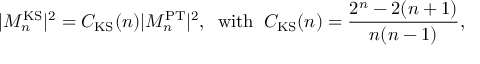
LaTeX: | { \cal M } _ { n } ^ { \mathrm { K S } } | ^ { 2 } = C _ { \mathrm { K S } } ( n ) | { \cal M } _ { n } ^ { \mathrm { P T } } | ^ { 2 } , \; \; \mathrm { w i t h } \; \; C _ { \mathrm { K S } } ( n ) = \frac { 2 ^ { n } - 2 ( n + 1 ) } { n ( n - 1 ) } ,